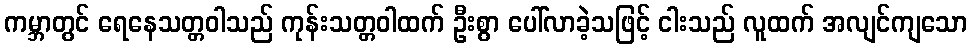
ကမ္ဘာတွင် ရေနေသတ္တဝါသည် ကုန်းသတ္တဝါထက် ဦးစွာ ပေါ်လာခဲ့သဖြင့် ငါးသည် လူထက် အလျင်ကျသော